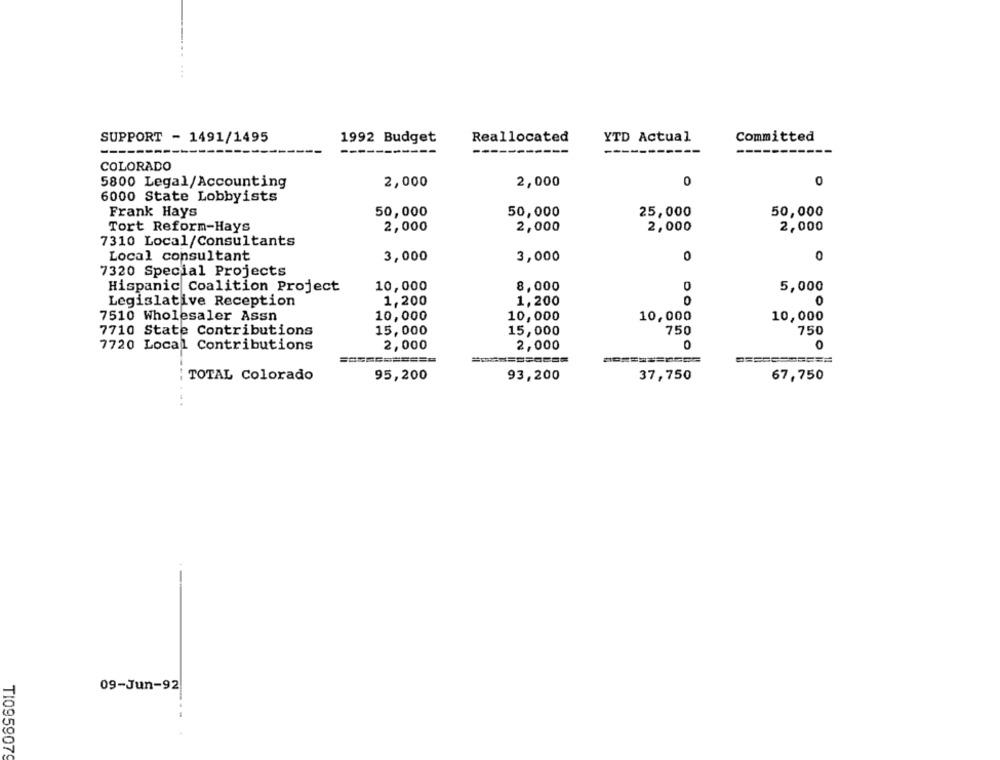
SUPPORT - 1491/1495
Reallocated
YTD Actual
Committed
1992 Budget
---
COLORADO
2,000
2,000
0
0
5800 Legal/Accounting
6000 State Lobbyists
Frank Hays
50,000
50,000
25,000
50,000
Tort Reform-Hays
2,000
2,000
2,000
2,000
7310 Local/Consultants
Local consultant
3,000
3,000
0
0
7320 Special Projects
Hispanic Coalition Project
10,000
8,000
0
5,000
Legislative Reception
1,200
1,200
0
7510 Wholesaler Assn
10,000
10,000
10,000
10,000
7710 State Contributions
15,000
15,000
750
750
7720 Local Contributions
2,000
2,000
0
=======
=======
TOTAL Colorado
95,200
93,200
37,750
67,750
-
09-Jun-92
TI0959079